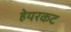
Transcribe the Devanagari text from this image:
हेयरकट